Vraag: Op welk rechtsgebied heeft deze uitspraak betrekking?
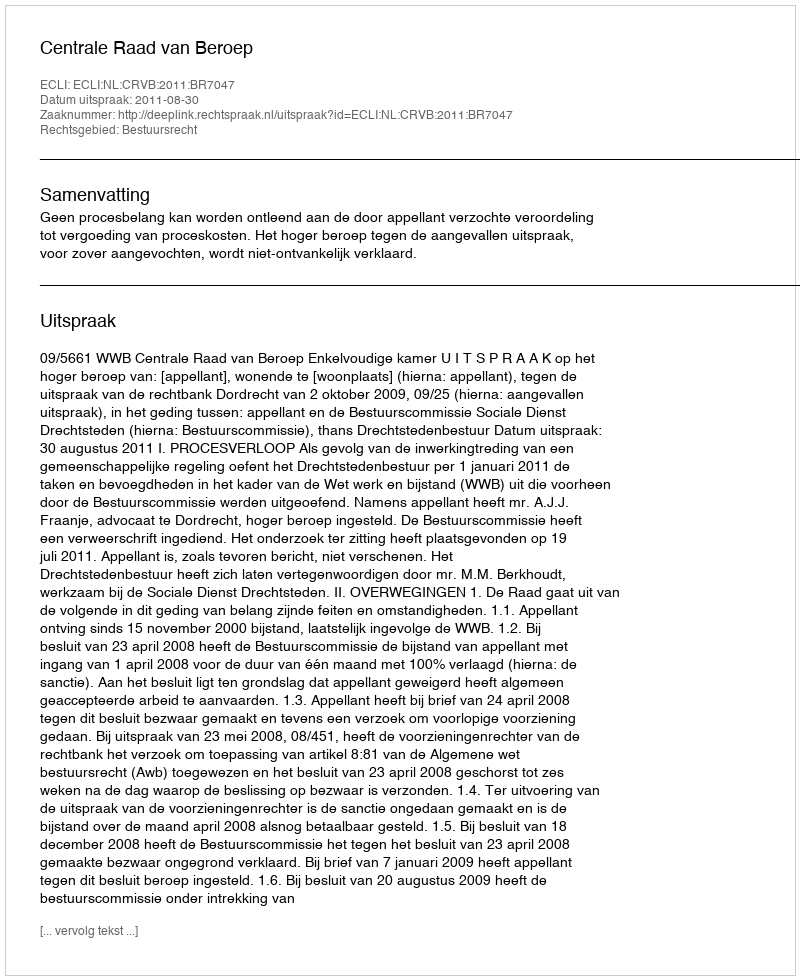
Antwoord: Bestuursrecht